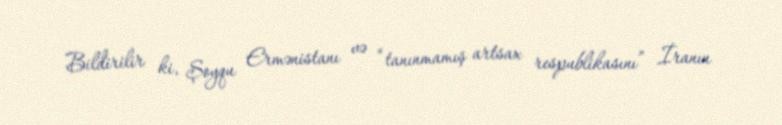
Bildirilir ki, Şoyqu Ermənistanı və “tanınmamış artsax respublikasını” İranın